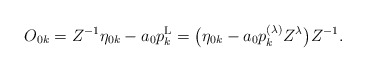
\begin{gather*}O_{0k}=Z^{-1}\eta_{0k}-a_0 p^{\rm L}_k=\big(\eta_{0k}- a_0 p_k^{(\lambda)}Z^\lambda\big)Z^{-1}.\end{gather*}